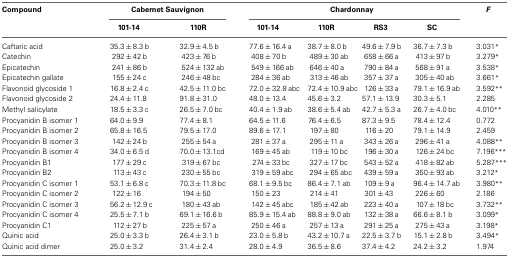
<table><thead><tr><td><b>Compound</b></td><td colspan="2"><b>Cabernet Sauvignon</b></td><td colspan="4"><b>Chardonnay</b></td><td><b><i>F</i></b></td></tr><tr><td></td><td><b>101-14</b></td><td><b>110R</b></td><td><b>101-14</b></td><td><b>110R</b></td><td><b>RS3</b></td><td><b>SC</b></td><td></td></tr></thead><tbody><tr><td>Caftaric acid</td><td>35.3±8.3 b</td><td>32.9±4.5 b</td><td>77.6±16.4 a</td><td>38.7±8.0 b</td><td>49.6±7.9 b</td><td>36.7±7.3 b</td><td>3.031<sup>*</sup></td></tr><tr><td>Catechin</td><td>292±42 b</td><td>423±76 b</td><td>408±70 b</td><td>489±30 ab</td><td>658±66 a</td><td>413±97 b</td><td>3.279<sup>*</sup></td></tr><tr><td>Epicatechin</td><td>241±86 b</td><td>524±132 ab</td><td>549±166 ab</td><td>646±40 a</td><td>790±84 a</td><td>568±91 a</td><td>3.538<sup>*</sup></td></tr><tr><td>Epicatechin gallate</td><td>155±24 c</td><td>246±48 bc</td><td>284±36 ab</td><td>313±46 ab</td><td>357±37 a</td><td>305±40 ab</td><td>3.661<sup>*</sup></td></tr><tr><td>Flavonoid glycoside 1</td><td>16.8±2.4 c</td><td>42.5±11.0 bc</td><td>72.0±32.8 abc</td><td>72.4±10.9 abc</td><td>126±33 a</td><td>79.1±16.9 ab</td><td>3.592<sup>**</sup></td></tr><tr><td>Flavonoid glycoside 2</td><td>24.4±11.8</td><td>91.8±31.0</td><td>48.0±13.4</td><td>45.6±3.2</td><td>57.1±13.9</td><td>30.3±5.1</td><td>2.285</td></tr><tr><td>Methyl salicylate</td><td>18.5±3.3 c</td><td>26.5±7.0 bc</td><td>40.4±1.9 ab</td><td>38.6±5.4 ab</td><td>42.7±5.3 a</td><td>26.7±4.0 bc</td><td>4.010<sup>**</sup></td></tr><tr><td>Procyanidin B isomer 1</td><td>64.0±9.9</td><td>77.4±8.1</td><td>64.5±11.6</td><td>76.4±6.5</td><td>87.3±9.5</td><td>78.4±12.4</td><td>0.772</td></tr><tr><td>Procyanidin B isomer 2</td><td>65.8±16.5</td><td>79.5±17.0</td><td>89.6±17.1</td><td>197±80</td><td>116±20</td><td>79.1±14.9</td><td>2.459</td></tr><tr><td>Procyanidin B isomer 3</td><td>142±24 b</td><td>255±54 a</td><td>281±37 a</td><td>295±11 a</td><td>343±26 a</td><td>296±41 a</td><td>4.088<sup>**</sup></td></tr><tr><td>Procyanidin B isomer 4</td><td>34.0±6.5 d</td><td>70.0±13.1 cd</td><td>169±45 ab</td><td>119±10 bc</td><td>196±30 a</td><td>126±24 bc</td><td>7.196<sup>***</sup></td></tr><tr><td>Procyanidin B1</td><td>177±29 c</td><td>319±67 bc</td><td>274±33 bc</td><td>327±17 bc</td><td>543±52 a</td><td>418±82 ab</td><td>5.287<sup>***</sup></td></tr><tr><td>Procyanidin B2</td><td>113±43 c</td><td>230±55 bc</td><td>319±59 abc</td><td>294±65 abc</td><td>439±59 a</td><td>350±93 ab</td><td>3.212<sup>*</sup></td></tr><tr><td>Procyanidin C isomer 1</td><td>53.1±6.8 c</td><td>70.3±11.8 bc</td><td>68.1±9.5 bc</td><td>86.4±7.1 ab</td><td>109±9 a</td><td>96.4±14.7 ab</td><td>3.980<sup>**</sup></td></tr><tr><td>Procyanidin C isomer 2</td><td>122±16</td><td>194±50</td><td>150±23</td><td>214±41</td><td>301±43</td><td>226±60</td><td>2.186</td></tr><tr><td>Procyanidin C isomer 3</td><td>56.2±12.9 c</td><td>180±43 ab</td><td>142±45 abc</td><td>185±42 ab</td><td>223±40 a</td><td>107±18 bc</td><td>3.732<sup>**</sup></td></tr><tr><td>Procyanidin C isomer 4</td><td>25.5±7.1 b</td><td>69.1±16.6 b</td><td>85.9±15.4 ab</td><td>88.8±9.0 ab</td><td>132±38 a</td><td>66.6±8.1 b</td><td>3.099<sup>*</sup></td></tr><tr><td>Procyanidin C1</td><td>112±27 b</td><td>225±57 a</td><td>250±46 a</td><td>257±13 a</td><td>291±25 a</td><td>275±43 a</td><td>3.198<sup>*</sup></td></tr><tr><td>Quinic acid</td><td>25.0±3.3 b</td><td>26.4±3.1 b</td><td>23.0±5.8 b</td><td>43.2±10.7 a</td><td>22.5±3.7 b</td><td>15.1±2.8 b</td><td>3.494<sup>*</sup></td></tr><tr><td>Quinic acid dimer</td><td>25.0±3.2</td><td>31.4±2.4</td><td>28.0±4.9</td><td>36.5±8.6</td><td>37.4±4.2</td><td>24.2±3.2</td><td>1.974</td></tr></tbody></table>